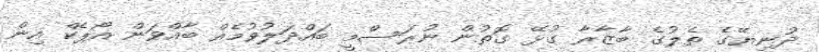
ދުނިޔޭގެ ތެލުގެ ބާޒާރާ ގުޅޭ ގޮތުން ނުރަސްމީ ބައްދަލުވުމެއް ބާއްވަން އޯޕެކް އިން